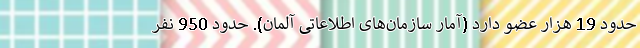
حدود 19 هزار عضو دارد (آمار سازمان‌های اطلاعاتی آلمان). حدود 950 نفر